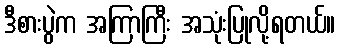
ဒီစားပွဲက အကြာကြီး အသုံးပြုလို့ရတယ်။